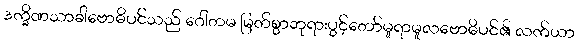
ဒက္ခိဏသာခါဗောဓိပင်သည် ဂေါတမ မြတ်စွာဘုရားပွင့်တော်မူရာမူလဗောဓိပင်၏ လက်ယာ